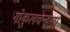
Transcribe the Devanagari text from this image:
गोकुलचन्द्रमा